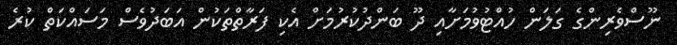
ނޫސްވެރިންގެ ގަލަން ހުއްޓުވުމަށާއި ދޫ ބަންދުކުރުމަށް އެކި ފަރާތްތަކުން އަބަދުވެސް މަސައްކަތް ކުރެ